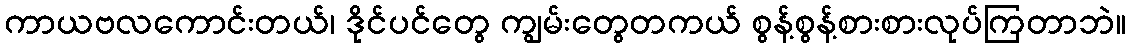
ကာယဗလကောင်းတယ်၊ ဒိုင်ပင်တွေ ကျွမ်းတွေတကယ် စွန့်စွန့်စားစားလုပ်ကြတာဘဲ။